Insane asylums in Bengal annual reports 1876-1887 - 1876-1887
Year: 1876
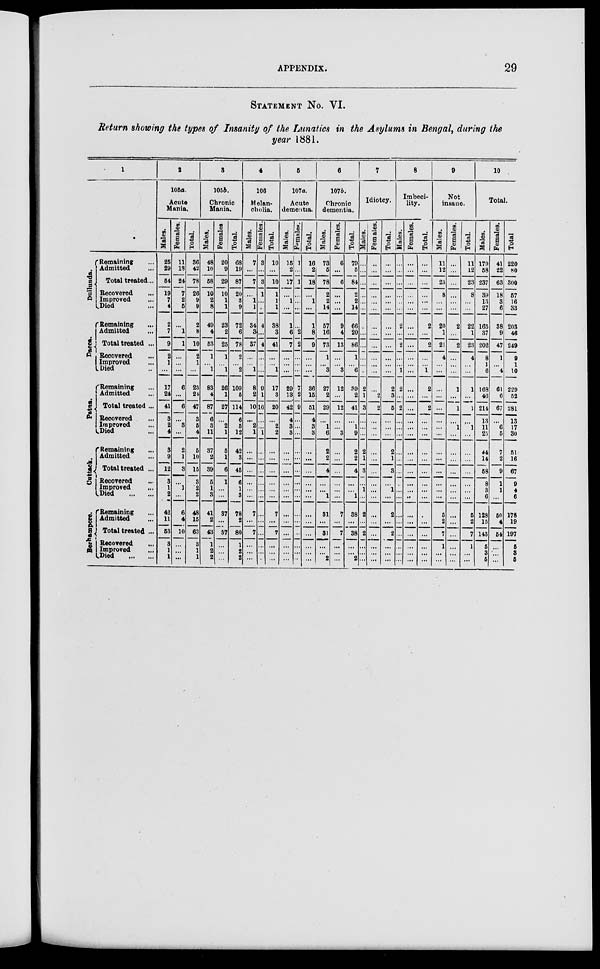
APPENDIX.
29
STATEMENT No. VI.
Return showing the types of Insanity of the Lunatics in the Asylums in Bengal, during the
year 1881.
1
Dullunda.
Dacca.
Patna.
Cuttack.
Berhampore.
Remaining ...
Admitted ...
Total treated...
Recovered ...
Improved ...
Died ...
Remaining ...
Admitted ...
Total treated ...
Recovered ...
Improved ...
Died ...
Remaining ...
Admitted ...
Total treated ...
Recovered ...
Improved ...
Died ...
Remaining ...
Admitted ...
Total treated ...
Recovered ...
Improved ...
Died
...
...
Remaining ...
Admitted ...
Total treated ...
Recovered ...
Improved ...
Died
...
...
2
105a.
Acute
Mania.
Males.
25
29
54
19
7
4
2
7
9
2
1
...
17
24
41
3
2
4
3
9
12
3
1
2
42
11
53
3
1
1
Females.
11
13
24
7
2
5
...
1
1
...
...
...
6
...
6
...
3
...
2
1
3
...
1
...
6
4
10
...
...
...
Total.
36
42
78
26
9
9
2
8
10
2
1
...
23
24
47
3
5
4
5
10
15
3
2
2
48
15
63
3
1
1
8
105b.
Chronic
Mania.
Males.
48
10
58
10
2
8
49
4
53
1
...
1
83
4
87
6
3
11
37
2
39
5
1
3
41
2
43
1
2
2
Females
20
9
29
10
1
1
23
2
25
1
...
1
26
1
27
...
2
1
5
1
6
1
...
...
37
...
37
...
...
...
Total.
68
19
87
20
3
9
72
6
78
2
...
2
109
5
114
6
5
12
42
3
45
6
1
3
78
2
80
1
2
2
4
106
Melan-
cholia.
Males.
7
...
7
...
1
1
34
3
37
...
...
1
8
2
10
...
2
1
...
...
...
...
...
...
7
...
7
...
...
...
Females.
3
...
3
1
...
...
4
...
4
...
...
...
9
1
10
...
...
1
...
...
...
...
...
...
...
...
...
...
...
...
Total.
10
...
10
1
1
1
38
8
41
...
...
1
17
3
20
2
2
...
...
...
...
...
...
7
...
7
...
...
...
5
107a.
Acute
dementia.
Males.
15
2
17
...
1
...
1
6
7
...
...
...
29
13
42
4
3
3
...
...
...
...
...
...
...
...
...
...
...
...
Females.
1
...
1
...
...
...
...
2
2
...
...
...
7
2
9
...
...
...
...
...
...
...
...
...
...
...
...
...
...
...
Total.
16
2
18
...
1
...
1
8
9
...
...
...
36
15
51
4
8
3
...
...
...
...
...
...
...
...
...
...
...
...
6
107b.
Chronic
dementia.
Males.
73
5
78
2
2
14
57
16
73
1
...
3
27
2
29
...
1
6
2
2
4
...
...
1
81
...
31
...
...
2
Females.
6
...
6
...
...
...
9
4
13
...
...
3
12
...
12
...
...
3
...
...
...
...
...
...
7
...
7
...
...
...
Total.
79
5
84
2
2
14
66
20
86
1
...
6
39
2
41
...
1
9
2
2
4
...
...
1
38
...
38
...
...
2
7
Idiotcy.
Males.
...
...
...
...
...
...
...
...
...
...
...
...
2
1
3
...
...
...
2
1
3
...
1
...
2
...
2
...
...
...
Fern ales.
...
...
...
...
...
...
...
...
...
...
...
...
...
2
2
...
...
...
...
...
...
...
...
...
...
...
...
...
...
...
Total.
...
...
...
...
...
...
...
...
...
...
...
...
2
3
5
...
...
...
2
1
3
...
1
...
2
...
2
...
...
...
8
Imbeci-
lity.
Males.
...
...
...
...
...
...
2
...
2
...
...
1
2
...
2
...
...
...
...
...
...
...
...
...
...
...
...
...
...
...
Females.
...
...
...
...
...
...
...
...
...
...
...
...
...
...
...
...
...
...
...
...
...
...
...
...
...
...
...
...
...
...
Total.
...
...
...
...
...
...
2
...
2
...
...
1
2
...
2
...
...
...
...
...
...
...
...
...
...
...
...
...
...
...
9
Not
insane.
Males.
11
12
23
8
...
...
20
1
21
4
...
...
...
...
...
...
...
...
...
...
...
...
...
...
5
2
7
1
...
...
Females.
...
...
...
...
...
...
2
...
2
...
...
...
1
...
1
...
1
...
...
...
...
...
...
...
...
...
...
...
...
...
Total.
11
12
23
8
...
...
22
1
23
4
...
...
1
...
1
...
1
...
...
...
...
...
...
...
5
2
7
1
...
...
10
Total.
Males.
179
58
237
39
13
27
165
37
202
8
1
6
168
46
214
13
11
25
44
14
58
8
3
6
128
15
143
5
3
5
Females.
41
22
63
18
3
6
38
9
47
1
...
4
61
6
67
...
6
5
7
2
9
1
1
...
50
4
54
...
...
...
Total
220
80
300
57
16
33
203
46
249
9
1
10
229
52
281
13
17
30
51
16
67
9
4
6
178
19
197
5
3
5